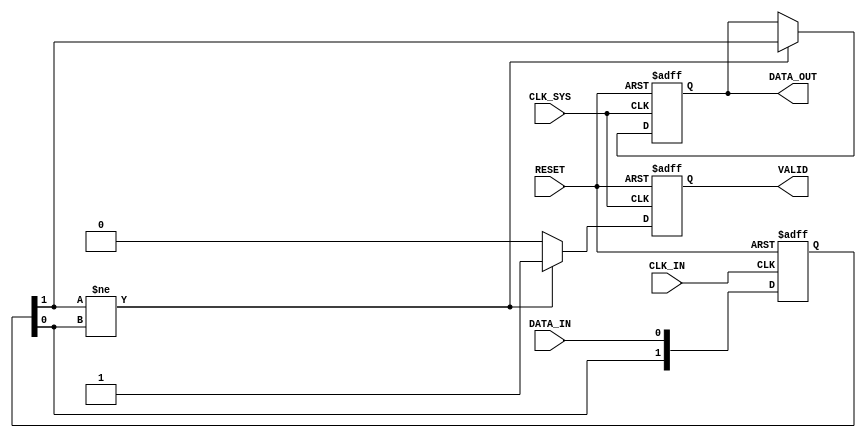
module async_to_sync_converter (
    input wire DATA_IN,        // Asynchronous Data Input
    input wire CLK_IN,         // Asynchronous Clock Input
    input wire CLK_SYS,        // System Clock
    input wire RESET,          // Asynchronous Reset
    output reg DATA_OUT,       // Synchronous Data Output
    output reg VALID           // Valid Signal
);

    // Internal signals
    reg [1:0] sync_ff;         // Dual flip-flop synchronizer
    reg data_in_prev;          // Previous state of DATA_IN

    // Dual flip-flop synchronizer for DATA_IN
    always @(posedge CLK_IN or posedge RESET) begin
        if (RESET) begin
            sync_ff <= 2'b00;
        end else begin
            sync_ff <= {sync_ff[0], DATA_IN}; // Shift in DATA_IN
        end
    end

    // Edge detection for DATA_IN
    always @(posedge CLK_SYS or posedge RESET) begin
        if (RESET) begin
            DATA_OUT <= 1'b0;
            VALID <= 1'b0;
            data_in_prev <= 1'b0;
        end else begin
            // Detect rising edge of the synchronized DATA_IN
            if (sync_ff[1] != sync_ff[0]) begin
                DATA_OUT <= sync_ff[1]; // Update DATA_OUT
                VALID <= 1'b1;           // Assert VALID
            end else begin
                VALID <= 1'b0;           // Deassert VALID if no change
            end
            data_in_prev <= sync_ff[1]; // Store previous state
        end
    end

endmodule